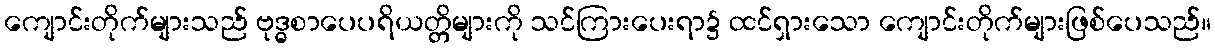
ကျောင်းတိုက်များသည် ဗုဒ္ဓစာပေပရိယတ္တိများကို သင်ကြားပေးရာ၌ ထင်ရှားသော ကျောင်းတိုက်များဖြစ်ပေသည်။